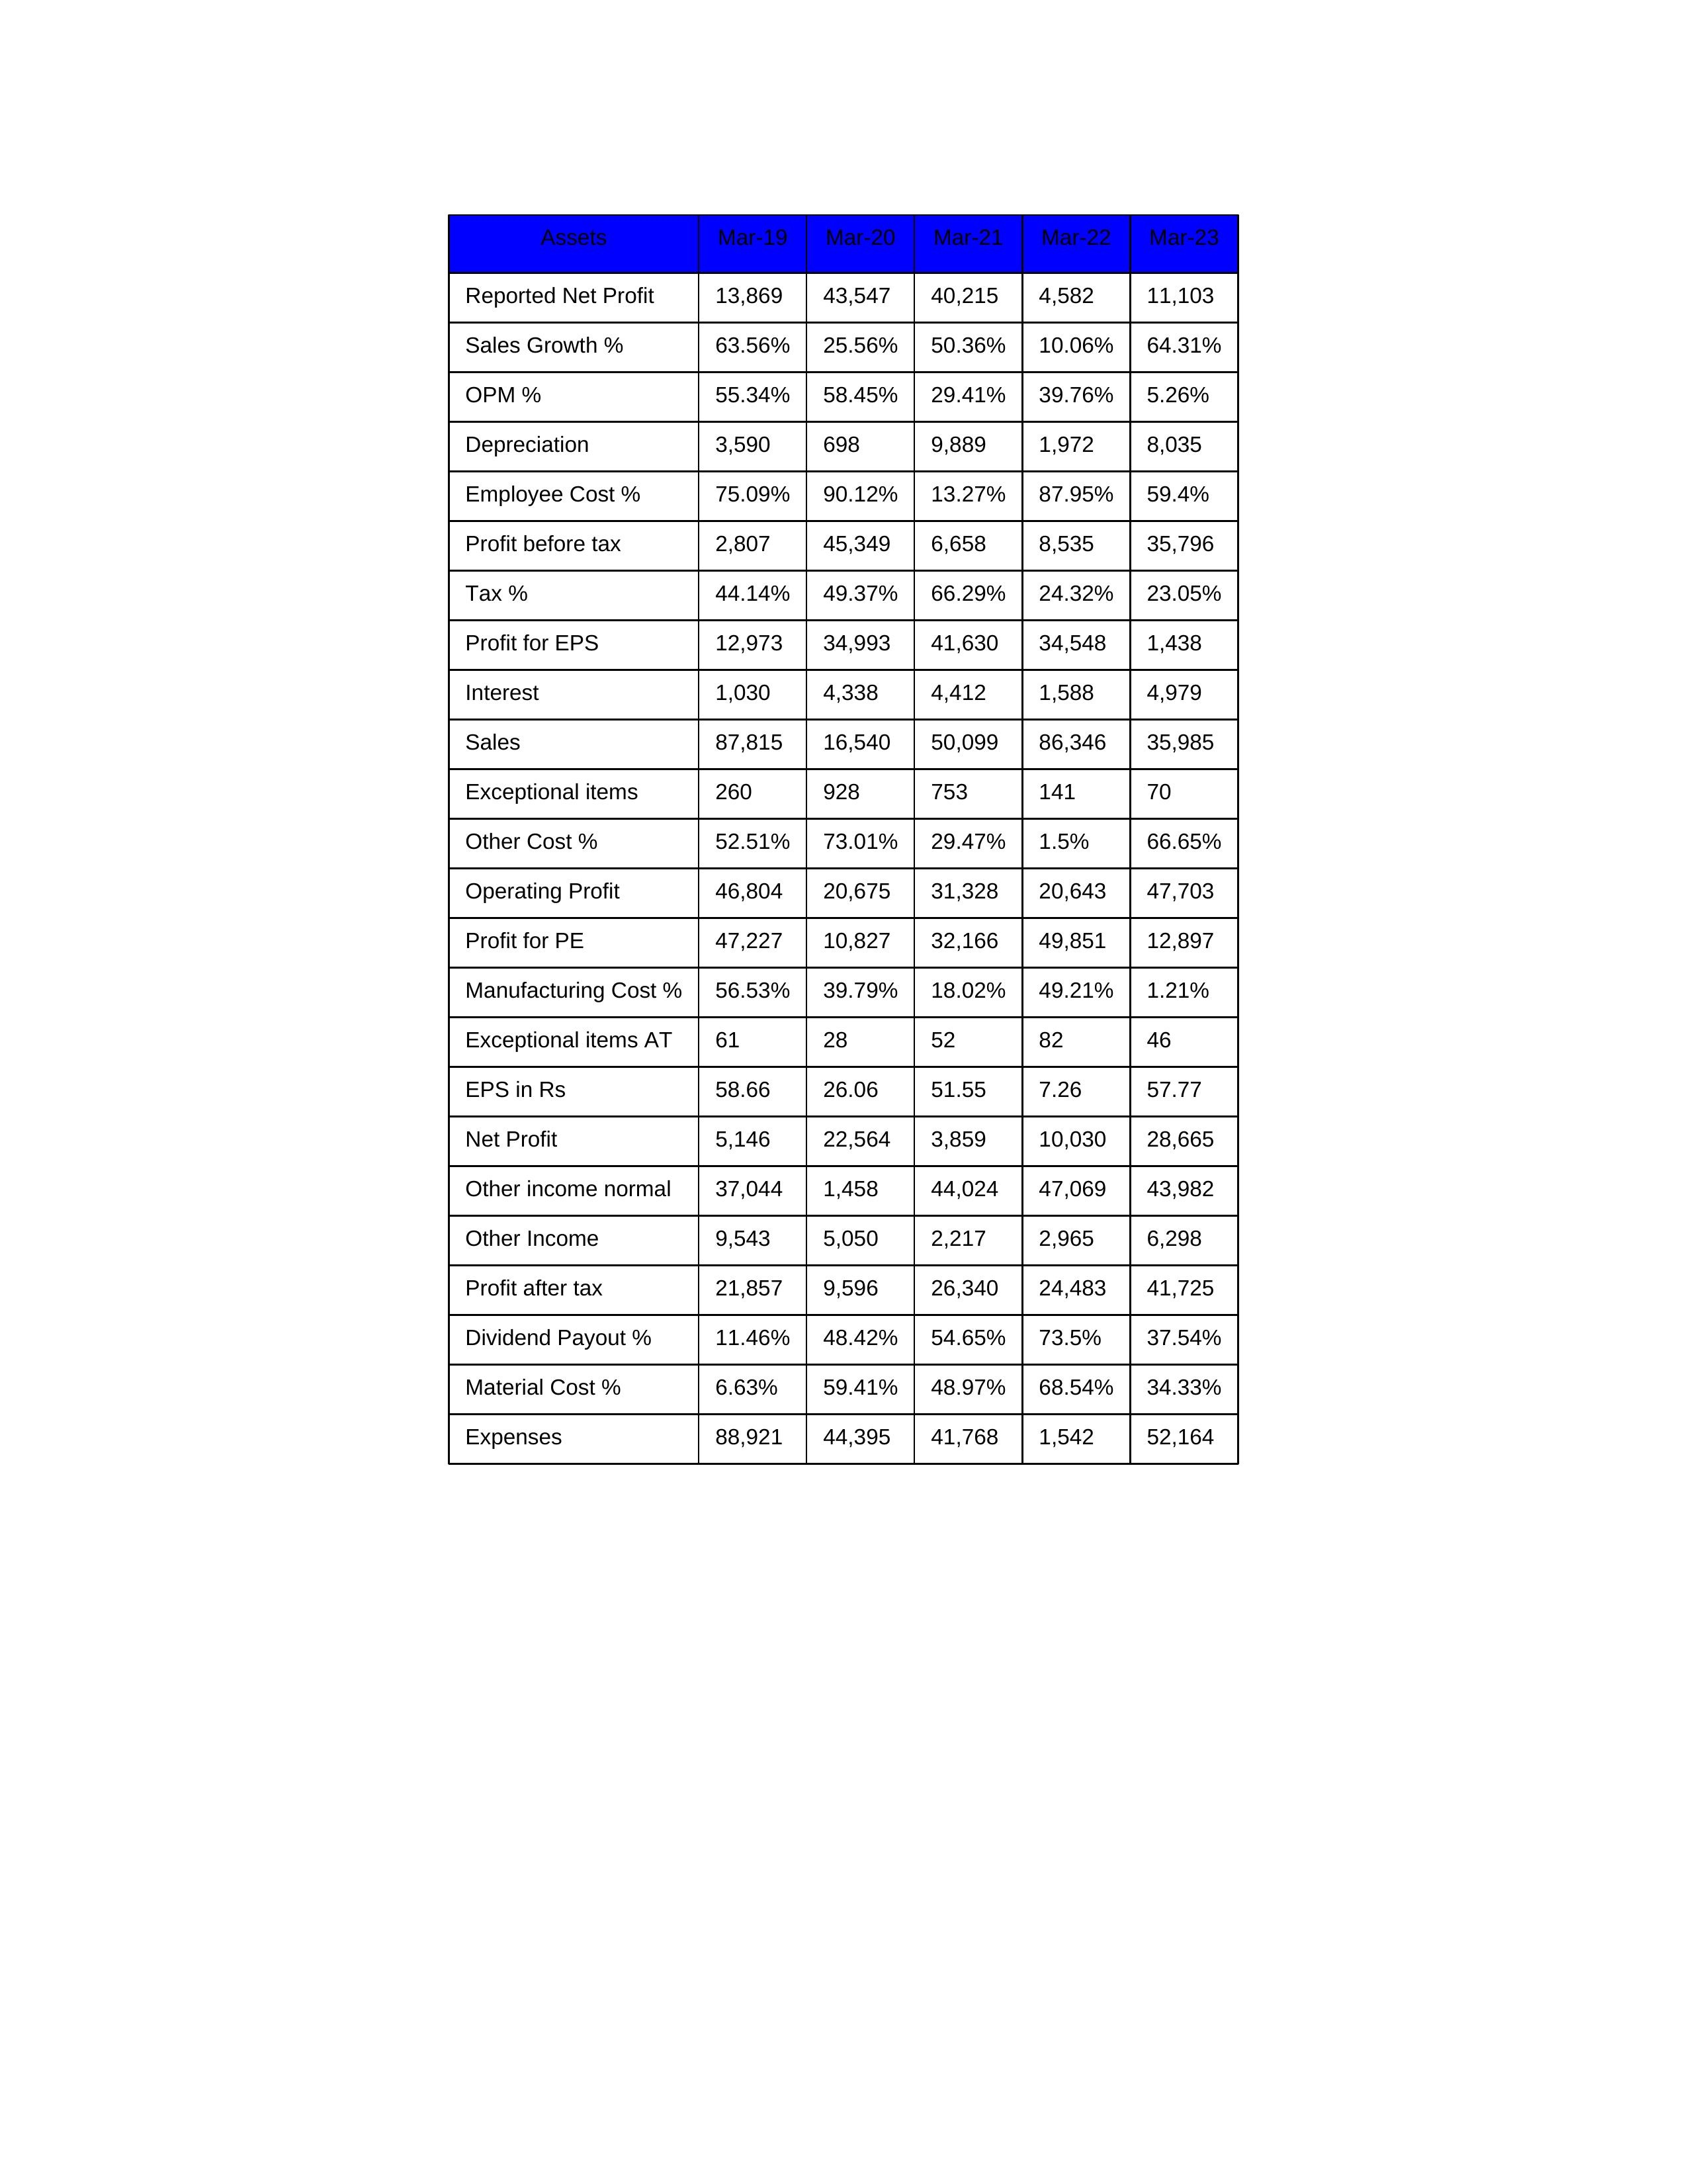
gt_parse: Mar-19: Sales: 87,815
Sales Growth %: 63.56%
Expenses: 88,921
Material Cost %: 6.63%
Manufacturing Cost %: 56.53%
Employee Cost %: 75.09%
Other Cost %: 52.51%
Operating Profit: 46,804
OPM %: 55.34%
Other Income: 9,543
Exceptional items: 260
Other income normal: 37,044
Interest: 1,030
Depreciation: 3,590
Profit before tax: 2,807
Tax %: 44.14%
Net Profit: 5,146
Profit after tax: 21,857
Reported Net Profit: 13,869
Profit for EPS: 12,973
Exceptional items AT: 61
Profit for PE: 47,227
EPS in Rs: 58.66
Dividend Payout %: 11.46%
Mar-20: Sales: 16,540
Sales Growth %: 25.56%
Expenses: 44,395
Material Cost %: 59.41%
Manufacturing Cost %: 39.79%
Employee Cost %: 90.12%
Other Cost %: 73.01%
Operating Profit: 20,675
OPM %: 58.45%
Other Income: 5,050
Exceptional items: 928
Other income normal: 1,458
Interest: 4,338
Depreciation: 698
Profit before tax: 45,349
Tax %: 49.37%
Net Profit: 22,564
Profit after tax: 9,596
Reported Net Profit: 43,547
Profit for EPS: 34,993
Exceptional items AT: 28
Profit for PE: 10,827
EPS in Rs: 26.06
Dividend Payout %: 48.42%
Mar-21: Sales: 50,099
Sales Growth %: 50.36%
Expenses: 41,768
Material Cost %: 48.97%
Manufacturing Cost %: 18.02%
Employee Cost %: 13.27%
Other Cost %: 29.47%
Operating Profit: 31,328
OPM %: 29.41%
Other Income: 2,217
Exceptional items: 753
Other income normal: 44,024
Interest: 4,412
Depreciation: 9,889
Profit before tax: 6,658
Tax %: 66.29%
Net Profit: 3,859
Profit after tax: 26,340
Reported Net Profit: 40,215
Profit for EPS: 41,630
Exceptional items AT: 52
Profit for PE: 32,166
EPS in Rs: 51.55
Dividend Payout %: 54.65%
Mar-22: Sales: 86,346
Sales Growth %: 10.06%
Expenses: 1,542
Material Cost %: 68.54%
Manufacturing Cost %: 49.21%
Employee Cost %: 87.95%
Other Cost %: 1.5%
Operating Profit: 20,643
OPM %: 39.76%
Other Income: 2,965
Exceptional items: 141
Other income normal: 47,069
Interest: 1,588
Depreciation: 1,972
Profit before tax: 8,535
Tax %: 24.32%
Net Profit: 10,030
Profit after tax: 24,483
Reported Net Profit: 4,582
Profit for EPS: 34,548
Exceptional items AT: 82
Profit for PE: 49,851
EPS in Rs: 7.26
Dividend Payout %: 73.5%
Mar-23: Sales: 35,985
Sales Growth %: 64.31%
Expenses: 52,164
Material Cost %: 34.33%
Manufacturing Cost %: 1.21%
Employee Cost %: 59.4%
Other Cost %: 66.65%
Operating Profit: 47,703
OPM %: 5.26%
Other Income: 6,298
Exceptional items: 70
Other income normal: 43,982
Interest: 4,979
Depreciation: 8,035
Profit before tax: 35,796
Tax %: 23.05%
Net Profit: 28,665
Profit after tax: 41,725
Reported Net Profit: 11,103
Profit for EPS: 1,438
Exceptional items AT: 46
Profit for PE: 12,897
EPS in Rs: 57.77
Dividend Payout %: 37.54%